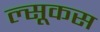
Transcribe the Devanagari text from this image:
ल्सूकस